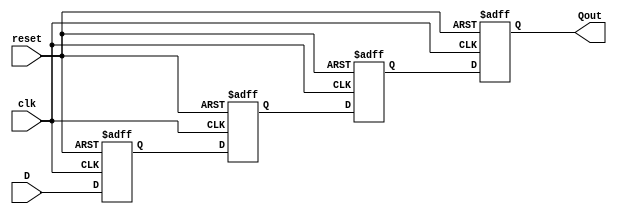
module Debounce
(
    input clk,
    input reset,
    input D,
    output reg Qout
);

reg Q1, Q2, Q3;

// Sa li trong vic x l s kin trong cu lnh always.
// Cn thm t kha 'posedge' v 'negedge' cng vi s kin tng ng.
always @(posedge clk or negedge reset)
begin 
    if(!reset)  // Sa li gn gi tr khi reset khng hot ng
        Q1 <= 1'b0; 
    else 
        Q1 <= D; 
end 

always @(posedge clk or negedge reset)
begin 
    if(!reset)
        Q2 <= 1'b0; 
    else 
        Q2 <= Q1; 
end 

always @(posedge clk or negedge reset)
begin 
    if(!reset)
        Q3 <= 1'b0; 
    else 
        Q3 <= Q2; 
end 

always @(posedge clk or negedge reset)
begin 
    if(!reset)
        Qout <= 1'b0; 
    else 
        Qout <= Q3; 
end 

endmodule